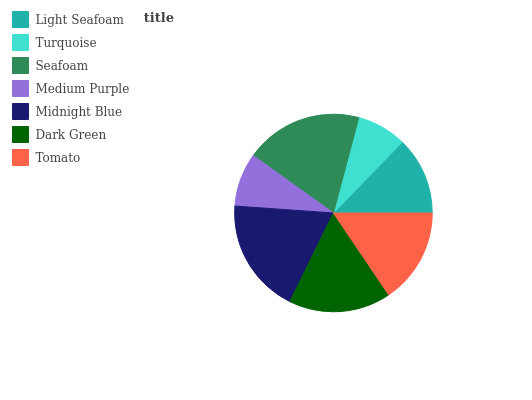
| Light Seafoam | Turquoise | Seafoam | Medium Purple | Midnight Blue | Dark Green | Tomato |
 | --- | --- | --- | --- | --- | --- | --- |
 | 12.8% | 8.12% | 19.3% | 8.78% | 18.8% | 16.7% | 15.6% |